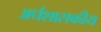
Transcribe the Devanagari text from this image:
अर्धशासकीय